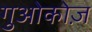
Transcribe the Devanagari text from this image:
गुओकोज़